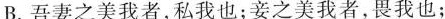
B.吾妻之美我者，私我也；妾之美我者，畏我也；